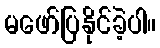
မဖော်ပြနိုင်ခဲ့ပါ။